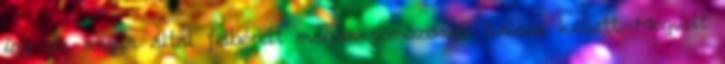
így az anyja által felbérelt magánnyomozónak halnia kellett. Megvolt